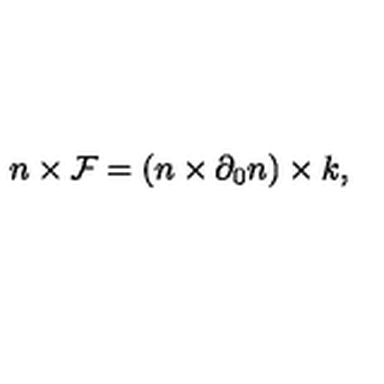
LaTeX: n \times { \cal F } = ( n \times \partial _ { 0 } n ) \times k ,